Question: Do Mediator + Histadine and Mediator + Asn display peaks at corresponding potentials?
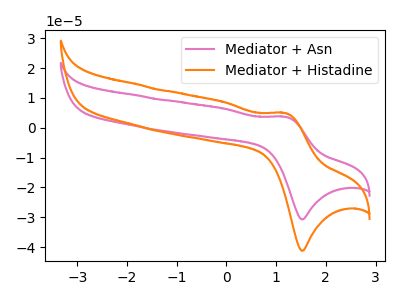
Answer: <think>The pink curve "Mediator + Asn" has an anodic peak at (1.20V, 3.65uA) and a cathodic peak at (1.55V, -30.70uA). The orange curve "Mediator + Histadine" has an anodic peak at (1.20V, 4.90uA) and a cathodic peak at (1.55V, -41.20uA).</think>
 <answer>Yes, "Mediator + Histadine" have a peak in "Mediator + Asn" at the same potential.</answer>
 <eval>match</eval>